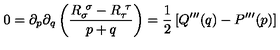
0 = \partial _ { p } \partial _ { q } \left( { \frac { R _ { \sigma } ^ { \ \sigma } - R _ { \tau } ^ { \ \tau } } { p + q } } \right) = { \frac { 1 } { 2 } } \left[ Q ^ { \prime \prime \prime } ( q ) - P ^ { \prime \prime \prime } ( p ) \right]